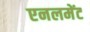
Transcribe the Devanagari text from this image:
एनलमेंट